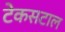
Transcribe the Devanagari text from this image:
टेकसटाल